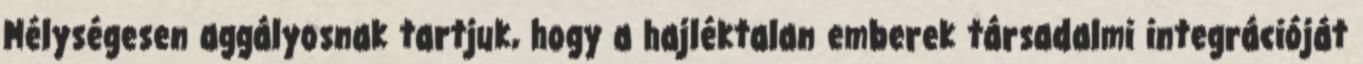
Mélységesen aggályosnak tartjuk, hogy a hajléktalan emberek társadalmi integrációját